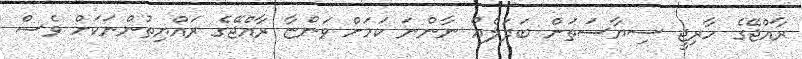
ރާއްޖޭގެ ހާރިޖީ ސިޔާސަތަށް ބަދަލެއް ނާންނަ ކަމަށް ވަންޏާ ރާއްޖޭގެ ރައްޔިތުންނަކަށް ވެސް